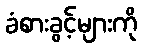
ခံစားခွင့်များကို